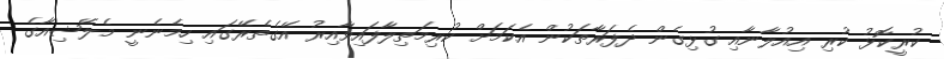
ކުރީކޮޅު ކުރި އިއުލާނާއި ގުޅިގެން ދެފަރާތަކުން އެކަމަށް ކުރިމަތިލާފައިވާއިރު އޭގެތެރޭގައި ހިމެނެނީ މެލޭޝިއާގެ